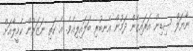
ނާޔަލް ސިޑިން އަރައިގެން ދަމުން އެނބުރި ބަލައިލިއެވެ. އެ ކަތި ނަޒަރުން ކެމީލާއަށް